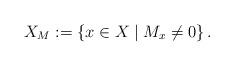
LaTeX: \begin{align*}X_M:=\left\{x\in X \mid M_{x}\not=0\right\}.\end{align*}